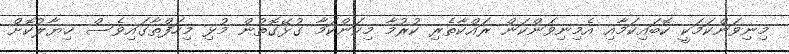
މިނިވަންކަމަކީ ކޮބައިކަމާއި އެމިނިވަންކަން ރައްކާތެރި ކުރުމާ މިކަންކަމާ ގުޅޭގޮތުން މުޅި މިހަފްތާގައިވެސް ޚިޔާލުކޮށް